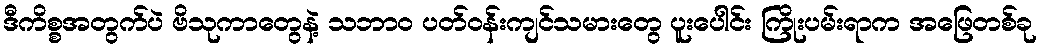
ဒီကိစ္စအတွက်ပဲ ဗိသုကာတွေနဲ့ သဘာဝ ပတ်ဝန်းကျင်သမားတွေ ပူးပေါင်း ကြိုးပမ်းရာက အဖြေတစ်ခု